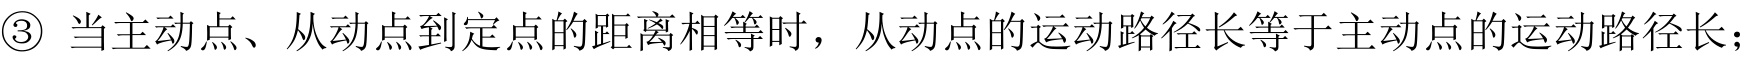
\textcircled{3} 当主动点、从动点到定点的距离相等时，从动点的运动路径长等于主动点的运动路径长；